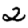
Digit: 2